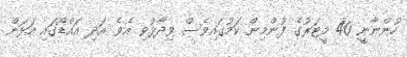
ހުންނާނީ 40 މީޓަރުގެ ފުންމިން ކަމުގައިވެސް ވިދާޅުވި އެވެ. އަދި އައްޑޫގައި އަޅަން